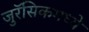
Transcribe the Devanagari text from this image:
जुरॅसिकमध्ये